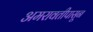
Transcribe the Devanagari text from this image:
अमरावतीपासून